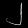
Digit: ၂